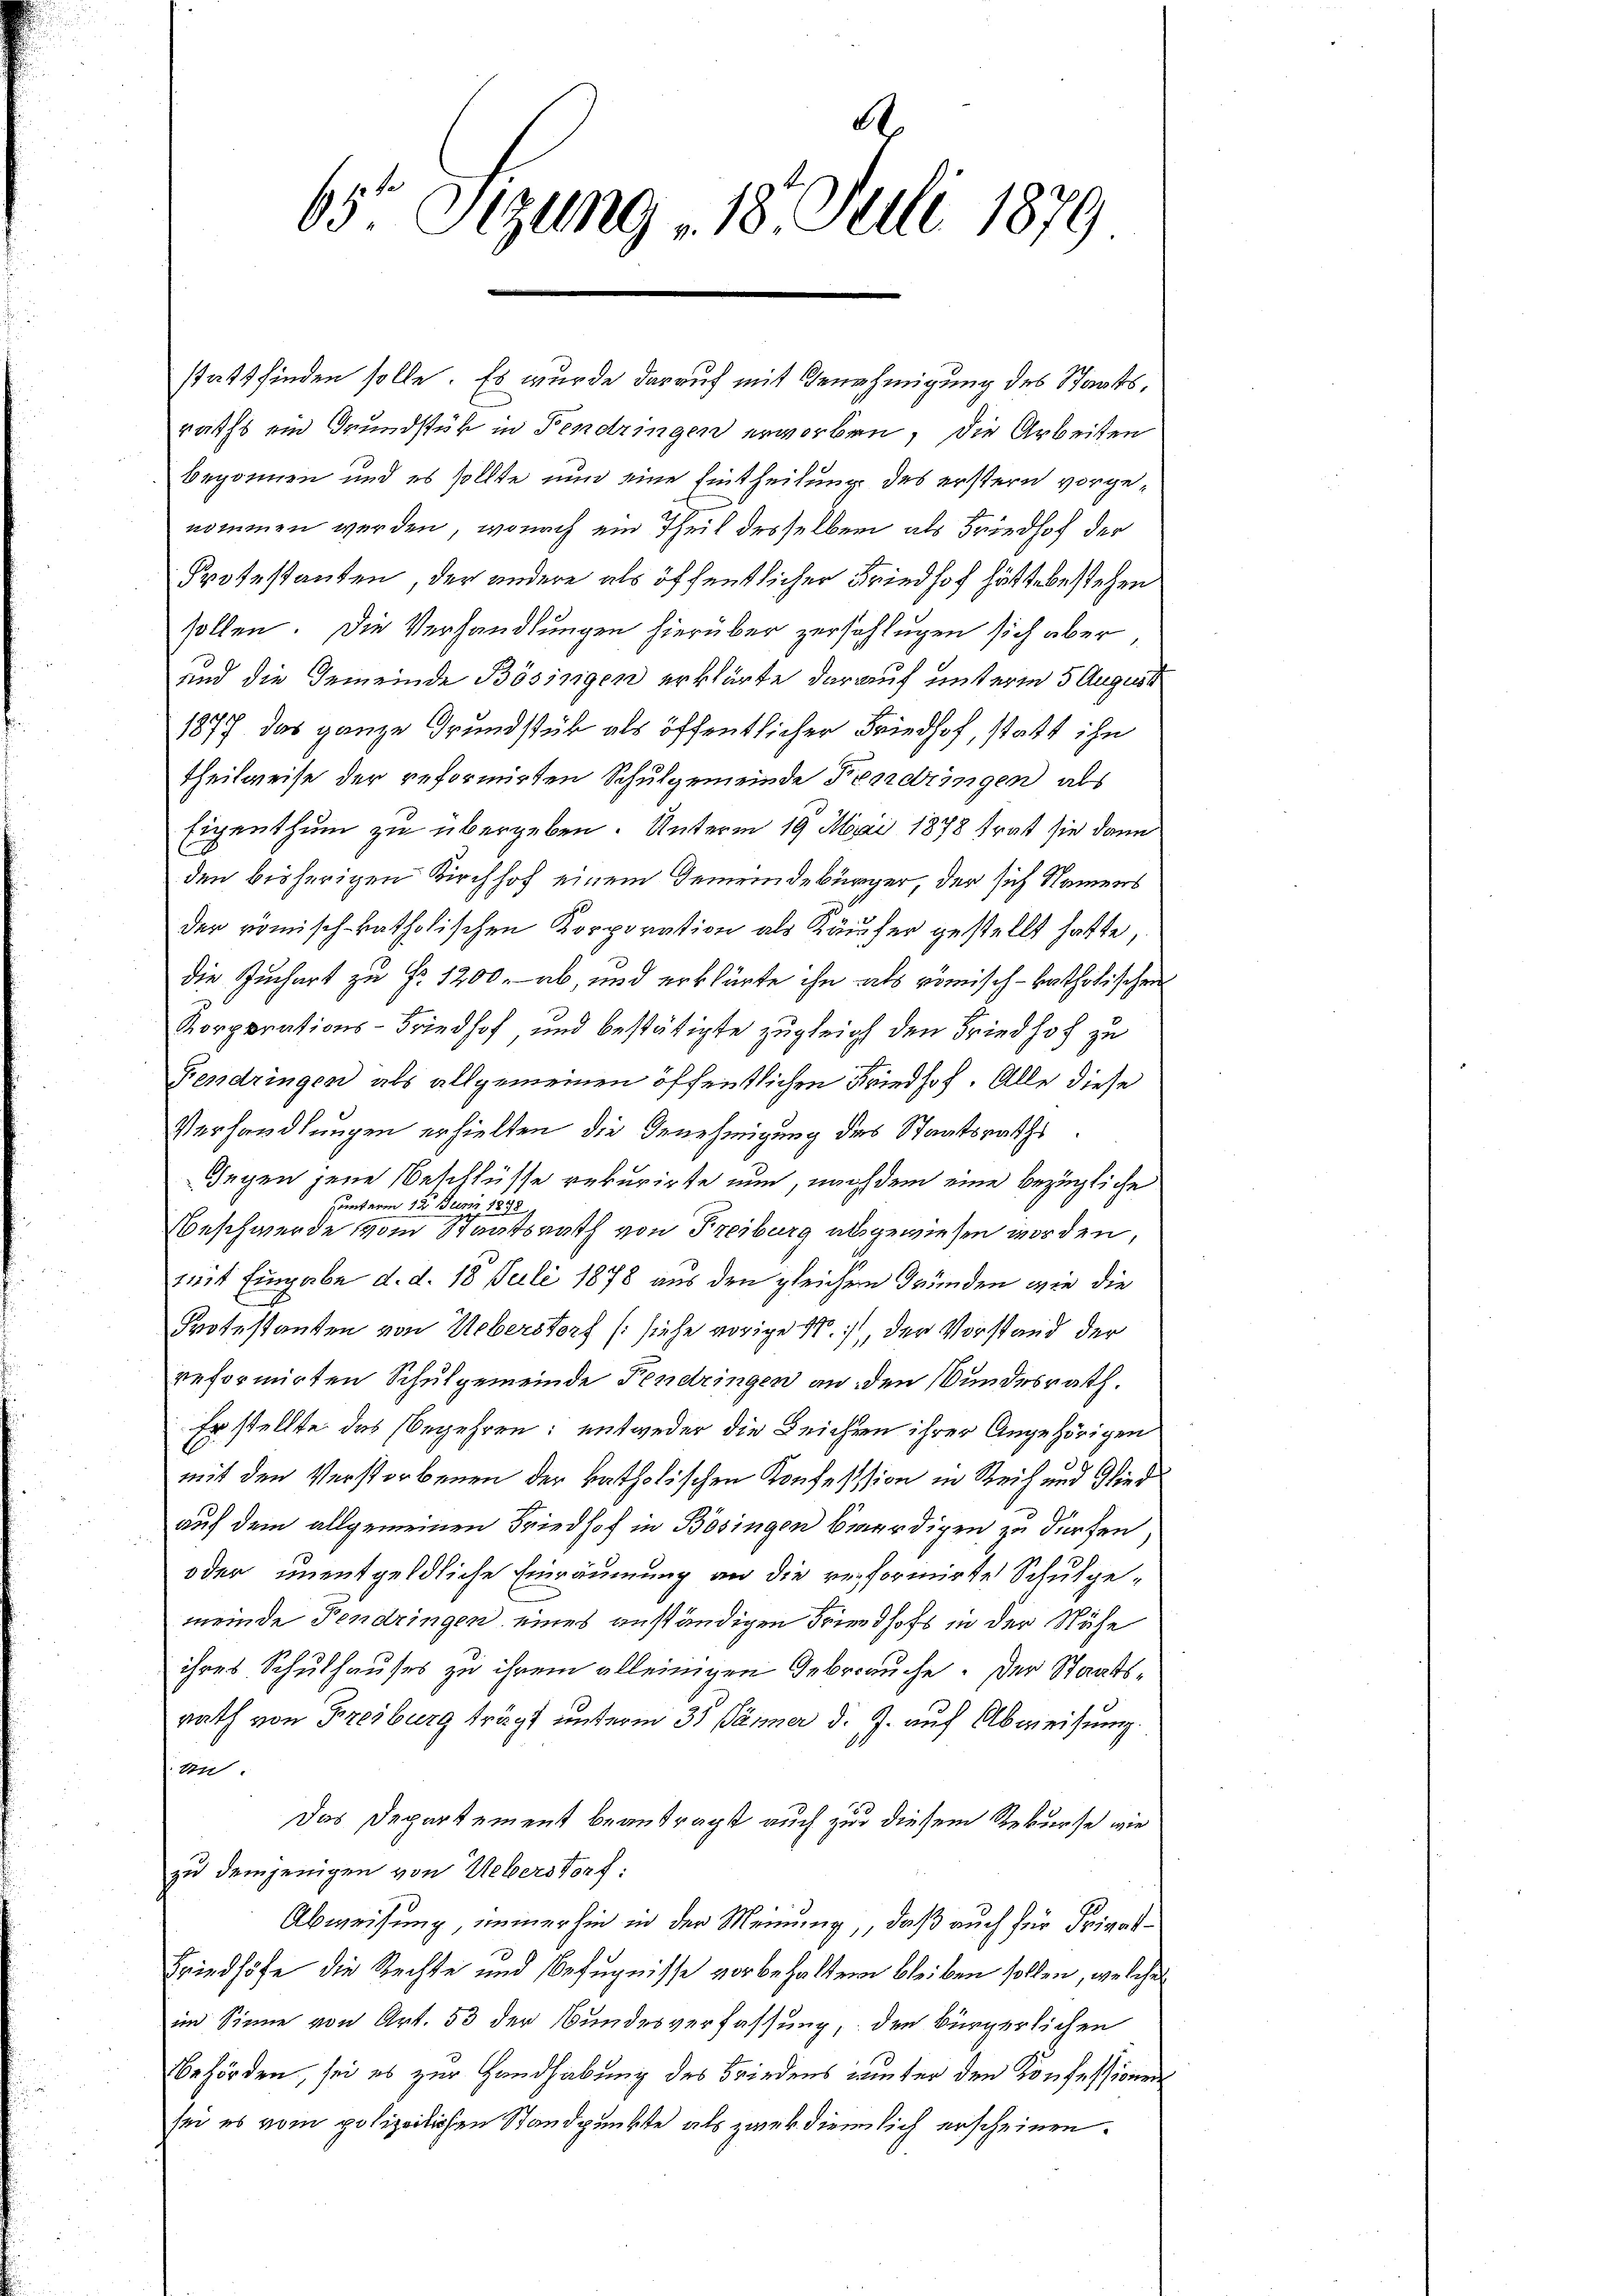
d
65. Sizung 18. Juli 1879

raths ein Grundstük in Fendringen erworben, die Arbeiten
begonnen und es sollte nun eine Eintheilung des erstern vorgenommen werden, wonach ein Theil desselben als Friedhof der
Protestanten, der andere als öffentlicher Friedhof hätte bestehen
sollen. Die Verhandlungen hierüber zerschlugen sich aber
und die Gemeinde Bösingen erklärte darauf unterm 5 August
1877 das ganze Grundstük als öffentlicher Friedhof, statt ihn
theilweise der reformirten Schulgemeinde Fendringen als
Eigenthum zu übergeben. Unterm 19. Mai 1878 trat sie dann
den bisherigen Kirchhof einem Gemeindebürger, der sich Namens
der römisch-katholischen Korporation als Käufer gestellt hatte,
die Juchart zu Fr. 1200. ab, und erklärte ihn als römisch-katholischen
Korporations-Friedhof, und bestätigte zugleich den Friedhof zu
Fendringen als allgemeinen öffentlichen Friedhof. Alle diese
Verhandlungen erhielten die Genehmigung des Staatsraths¬
Gegen jene Beschlüsse rekurirte nun, nach dem eine bezügliche
unterm 12. Juni 1878.
Beschwerde vom Staatsrath von Freiburg als gewiesen worden,
teit Eingabe d. d. 18. Juli 1878 aus den gleichem Gründen wie die
Protestanden von Ueberstorf (siehe vorige N., der Vorstand der
reformirten Schulgemeinde Fendringen an den Bundesrath.
Er stellte des begehren: entweder die Leichen ihrer Angehörigen
mit den Verstorbenen der katholischen Konfesssion in Reich und Glied
auf dem allgemeinen Friedhof in Bösingen bewürdigen zu dürfen,
oder unentgeldliche Einräumung an die reformirte Schulgemeinde Fendringen eines anständigen Friedhofs in der Nähe
ihres Schulhauses zu ihrem alleinigen Gebrauche. Der Staatsrath von Freiburg trägt unterm 31 Jänner d. J. auf Abweisung.
t
Das Departement beanträgt auch zur diesem Rekurse wie
zu demjenigen von Ueberstorf:
Abweisung, immerhin in der Meinung, daß auch für Privat-
Friedhöfe die Rechte und Befugnisse vorbehalten bleiben sollen, welches
im Sinne von Art. 53 der Bundesverfassung, den Bürgerlichen
Behörden, sei es zur Handhabung des Friedens winter den Konfessionen
sei es vom polizeilichen Standpunkte als zwek diemlich erscheinen.

stattfinden solle. Es wurde darauf mit Genehmigung des Staats¬